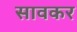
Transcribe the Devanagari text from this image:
सावकर